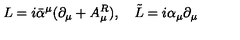
L = i \bar { \alpha } ^ { \mu } ( \partial _ { \mu } + A _ { \mu } ^ { R } ) , \quad \tilde { L } = i \alpha _ { \mu } \partial _ { \mu }